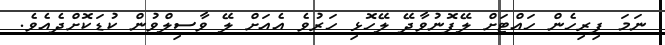
ނަމަ ފިރިހެން ހައްޓަށް ލޭފޮނުވާދޭ ލޭހޮޅި ހަރުވެ އެއަށް ލޭ ވާސިލްވުން ކުޑަކޮށްދެއެވެ.